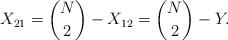
\begin{align*}X_{21}=\binom N2-X_{12} =\binom N2-Y .\end{align*}